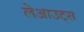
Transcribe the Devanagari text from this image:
लेआउट्स